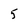
Character: 5